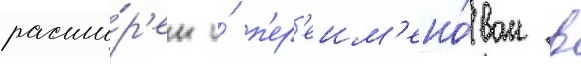
расши́р'ен и́ п'ер'еим'ено́ван в